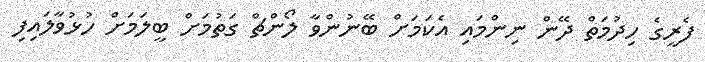
ފެރީގެ ހިދުމަތް ދޭން ނިންމައި އެކަމަށް ބޭނުންވާ ލޯންޗް ގަތުމަށް ބީލަމަށް ހުޅުވާލައިފި